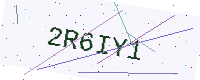
Text: 2R6IY1